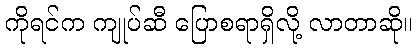
ကိုရင်က ကျုပ်ဆီ ပြောစရာရှိလို့ လာတာဆို။